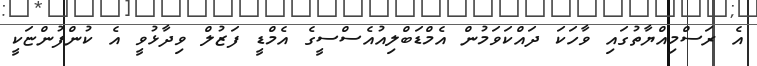
އެ ރަސްމިއްޔާތުގައި ވާހަކަ ދައްކަވަމުން އެމްޑަބްލިއުއެސްސީގެ އެމްޑީ ފަޒުލް ވިދާޅުވީ އެ ކުންފުންޏަކީ